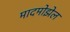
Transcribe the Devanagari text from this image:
मादमोझेल